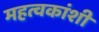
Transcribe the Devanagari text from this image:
महत्वकांशी